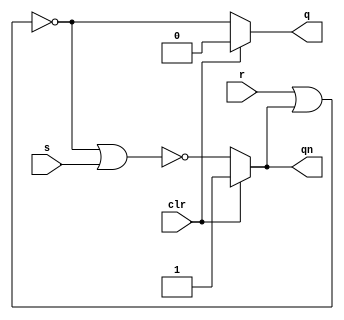
module sr(s, r, clr, q, qn);
	input s, r, clr;
	output reg q, qn;
	always @(*)
	begin
		if(clr == 1)
		begin
			q = 0;
			qn = 1;
		end
		else
		begin
			q = r ~| qn;
			qn = q ~| s;
		end
	end
endmodule